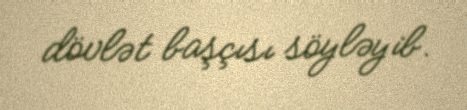
dövlət başçısı söyləyib.